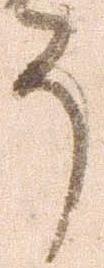
う